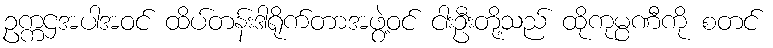
ဥက္ကဌအပါအဝင် ထိပ်တန်းဒါရိုက်တာအဖွဲ့ဝင် ငါးဦးတို့သည် ထိုကုမ္ပဏီကို စတင်